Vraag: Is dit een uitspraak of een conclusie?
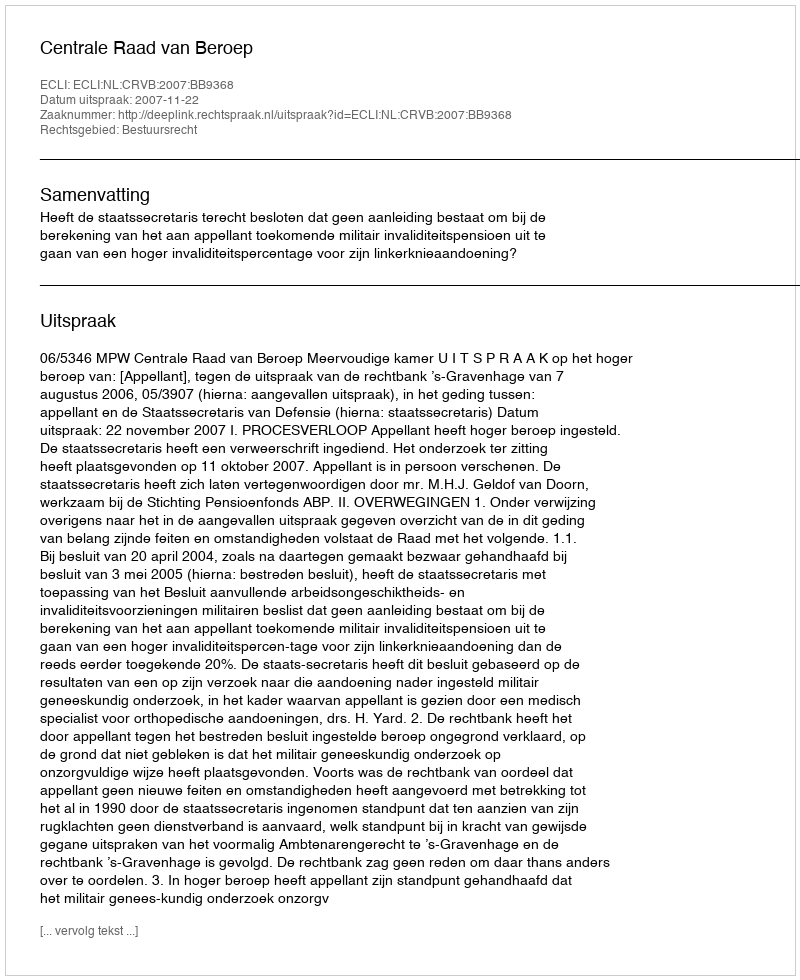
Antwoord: Uitspraak